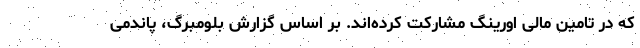
که در تامین مالی اورینگ مشارکت کرده‌اند. بر اساس گزارش بلومبرگ، پاندمی